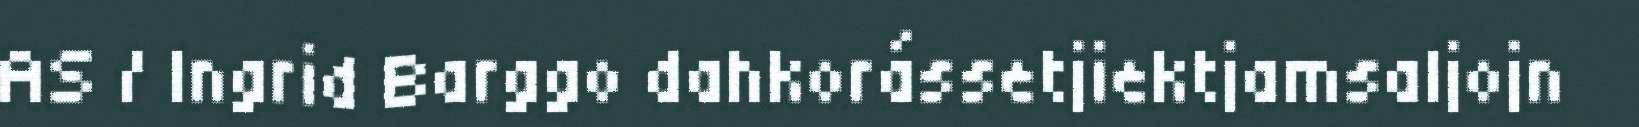
AS / Ingrid Barggo dahkorássetjiektjamsaljojn